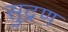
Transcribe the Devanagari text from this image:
सुद्रण